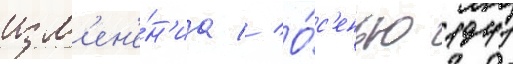
изм'ен'е́н'иа // О́с'енью 1941